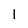
Character: 1